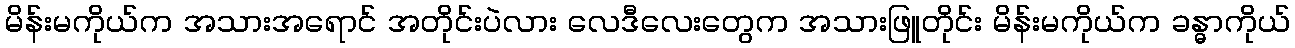
မိန်းမကိုယ်က အသားအရောင် အတိုင်းပဲလား လေဒီလေးတွေက အသားဖြူတိုင်း မိန်းမကိုယ်က ခန္ဓာကိုယ်